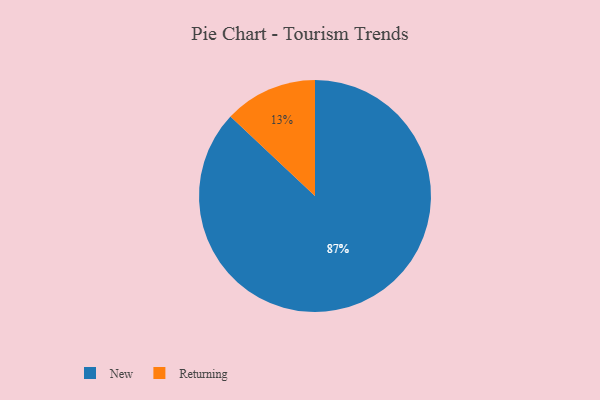
{"axis": {"x": "Category", "y": "Percentage"}, "legend": ["New", "Returning"], "data": [{"x": "New", "y": 87, "type": "New"}, {"x": "Returning", "y": 13, "type": "Returning"}]}